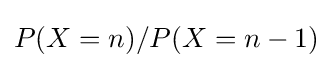
P(X=n)/P(X=n-1)